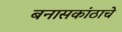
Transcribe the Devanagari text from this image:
बनासकांठाचे